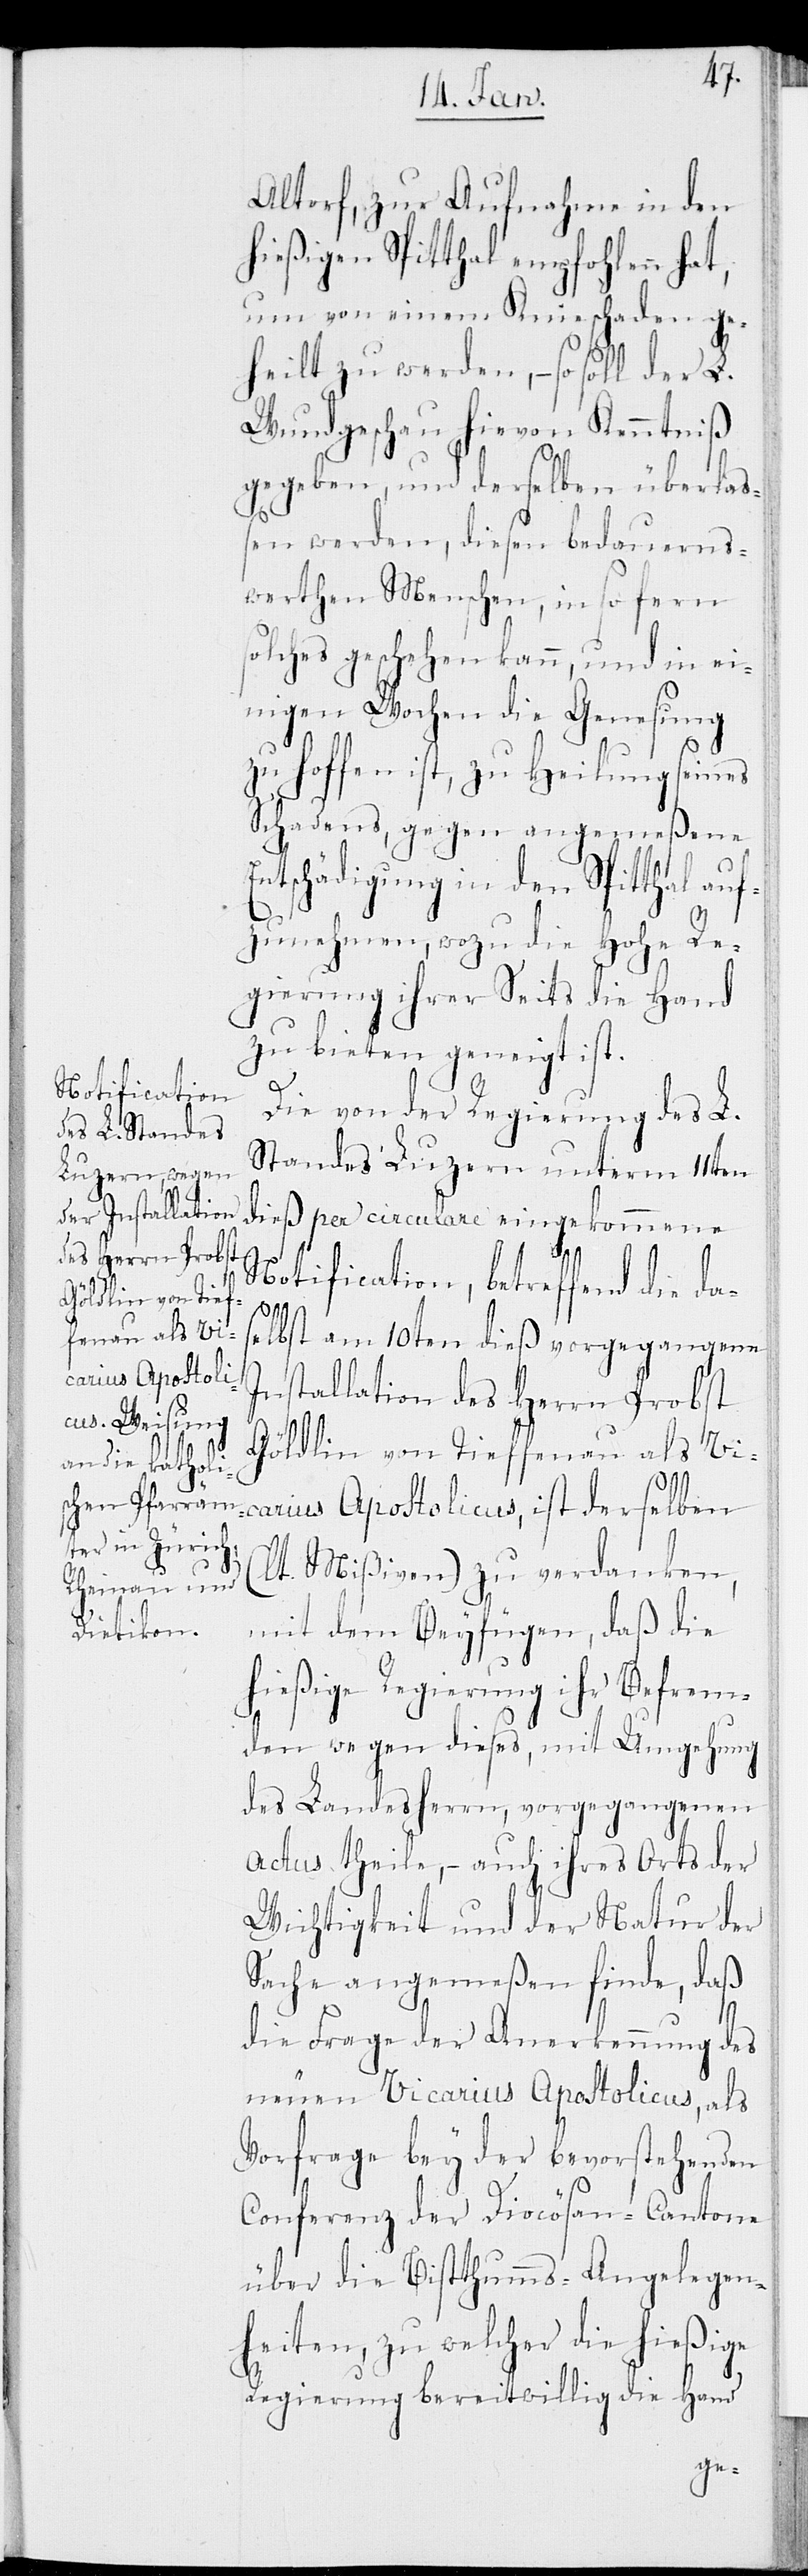
Altorf, zur Aufnahme in den
hießigen Spitthal empfohlen hat,
um von einem Knieschaden ge¬
heilt zu werden, – so soll der L.
Wundgeschau hievon Kenntniß
gegeben, und derselben überla¬
ßen werden, diesen bedauerns¬
werthen Menschen, in so fern
solches geschehen kann, und in ei¬
nigen Wochen die Genesung
zu hoffen ist, zu Heilung seines
Schadens, gegen angemeßene
Entschädigung in den Spitthal auf¬
zunehmen, wozu die Hohe Re¬
gierung ihrer Seits die Hand
zu bieten geneigt ist.
Die von der Regierung des L.
Standes Luzern unterm 11ten
dieß per circulare eingekommene
Notification, betreffend die das¬
elbst am 10ten dieß vorgegangene
Installation des Herrn Probst
Göldlin von Tieffenau als Vi¬
carius Apostolicus, ist derselben
(lt. Mißiven) zu verdanken,
mit dem Beyfügen, daß die
hießige Regierung ihr Befrem¬
den wegen dieses, mit Umgehung
des Landesherrn, vorgegangenen
Actus theile, – auch ihres Orts der
Wichtigkeit und der Natur der
Sache angemeßen finde, daß
die Frage der Anerkennung des
neuen Vicarius Apostolicus, als
Vorfrage bey der bevorstehenden
Conferenz der Diocösan-Cantone
über die Bisthumms-Angelegen¬
heiten, zu welcher die hießige
Regierung bereitwillig die Hand